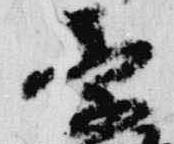
季